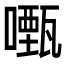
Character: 𭋡